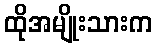
ထိုအမျိုးသားက